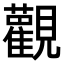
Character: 𫟜